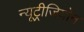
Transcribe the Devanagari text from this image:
न्यूट्रीजियोन